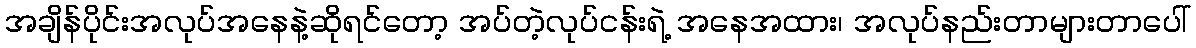
အချိန်ပိုင်းအလုပ်အနေနဲ့ဆိုရင်တော့ အပ်တဲ့လုပ်ငန်းရဲ့ အနေအထား၊ အလုပ်နည်းတာများတာပေါ်